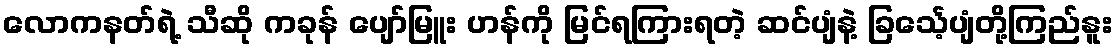
လောကနတ်ရဲ့ သီဆို ကခုန် ပျော်မြူး ဟန်ကို မြင်ရကြားရတဲ့ ဆင်ပျံနဲ့ ခြင်္သေ့ပျံတို့ကြည်နူး